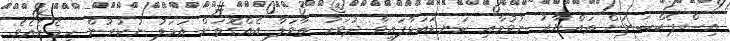
އިސްޕެކްޝަނަށް ތައްޔާރު ނުވުމާއި ކަނޑައަޅާފައިވާ ދުވަހު ތާވަލާ އެއްގޮތަށް އަމަލު ނުކުރުން ހިމެނެއެވެ.